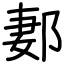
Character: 郪